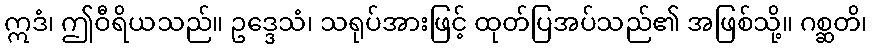
ဣဒံ၊ ဤဝီရိယသည်။ ဥဒ္ဒေသံ၊ သရုပ်အားဖြင့် ထုတ်ပြအပ်သည်၏ အဖြစ်သို့။ ဂစ္ဆတိ၊